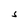
Character: S